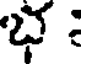
భ